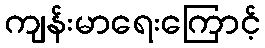
ကျန်းမာရေးကြောင့်